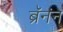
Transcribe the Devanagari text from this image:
ब्रॅनंन